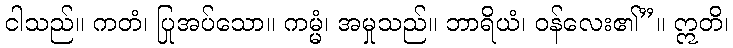
ငါသည်။ ကတံ၊ ပြုအပ်သော။ ကမ္မံ၊ အမှုသည်။ ဘာရိယံ၊ ဝန်လေး၏”။ ဣတိ၊